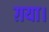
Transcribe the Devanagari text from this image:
ग़या।